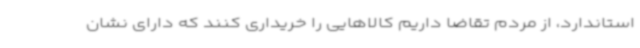
استاندارد، از مردم تقاضا داریم کالاهایی را خریداری کنند که دارای نشان